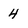
Character: 4